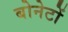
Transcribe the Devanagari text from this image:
बोनेटों